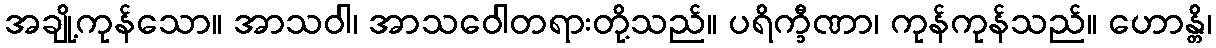
အချို့ကုန်သော။ အာသဝါ၊ အာသဝေါတရားတို့သည်။ ပရိက္ခီဏာ၊ ကုန်ကုန်သည်။ ဟောန္တိ၊